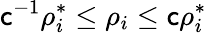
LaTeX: \mathsf{c}^{-1}\rho_{i}^{*}\leq\rho_{i}\leq\mathsf{c}\rho_{i}^{*}